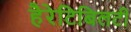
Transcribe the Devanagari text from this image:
हैरेटिबिलटी